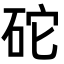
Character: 砣